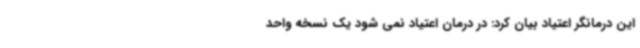
این درمانگر اعتیاد بیان کرد: در درمان اعتیاد نمی شود یک نسخه واحد